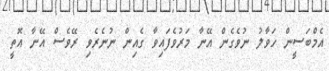
އެމްބަސީން ހަވާލު ނުވެގެން އޭނާ މަރުވެފައިވާ ގެއިން ނުނެރެވި ރޭވެސް އޭނާ އޮތީ